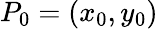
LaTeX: P_{0}=(x_{0},y_{0})